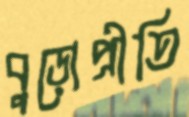
বুড়োপ্রীতি